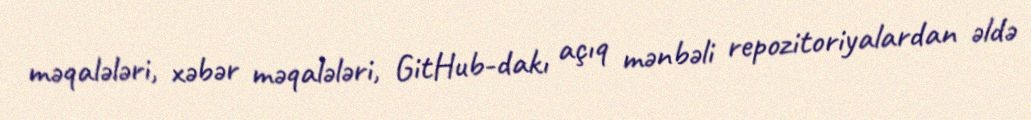
məqalələri, xəbər məqalələri, GitHub-dakı açıq mənbəli repozitoriyalardan əldə